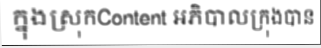
ក្នុងស្រុកContent អភិបាលក្រុងបាន